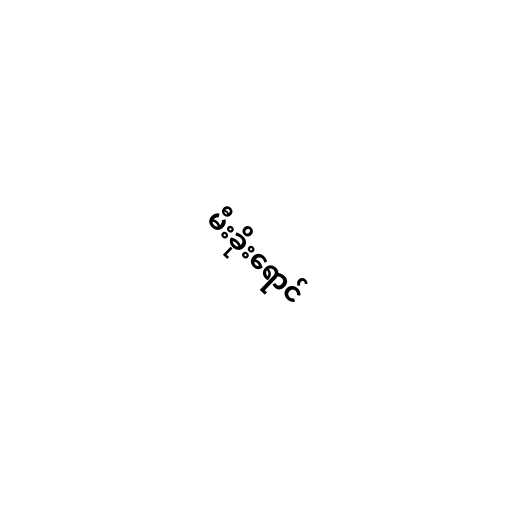
မီးခိုးရောင်